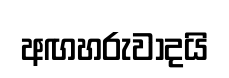
අඟහරුවාදයි